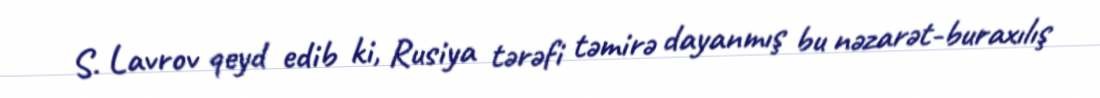
S. Lavrov qeyd edib ki, Rusiya tərəfi təmirə dayanmış bu nəzarət-buraxılış